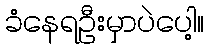
ခံနေရဦးမှာပဲပေါ့။